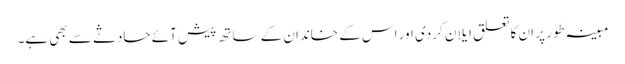
مبینہ طور پر ان کا تعلق ایلان کردی اور اس کے خاندان کے ساتھ پیش آئے حادثے سے بھی ہے۔